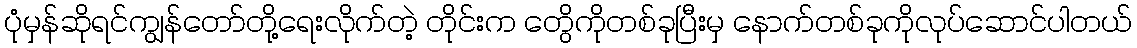
ပုံမှန်ဆိုရင်ကျွန်တော်တို့ရေးလိုက်တဲ့ တိုင်းက တွေိကိုတစ်ခုပြီးမှ နောက်တစ်ခုကိုလုပ်ဆောင်ပါတယ်